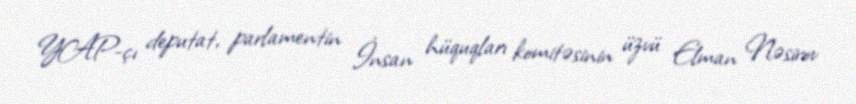
YAP-çı deputat, parlamentin İnsan hüquqları komitəsinin üzvü Elman Nəsirov